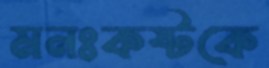
মনঃকষ্টকে